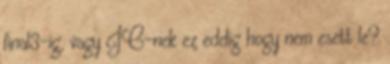
final3-ig, vagy JC-nek ez eddig hogy nem esett le?